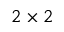
2 \times 2